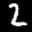
Label: 2